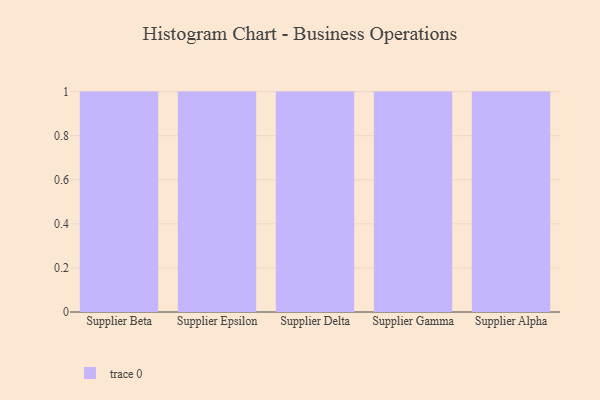
{"axis": {"x": "Supplier", "y": "Latency (ms)"}, "legend": [""], "data": [{"x": "Supplier Beta", "y": 9, "type": ""}, {"x": "Supplier Epsilon", "y": 67, "type": ""}, {"x": "Supplier Delta", "y": 17, "type": ""}, {"x": "Supplier Gamma", "y": 64, "type": ""}, {"x": "Supplier Alpha", "y": 56, "type": ""}]}